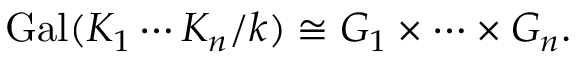
\operatorname { G a l } ( K _ { 1 } \cdots K _ { n } / k ) \cong G _ { 1 } \times \cdots \times G _ { n } .